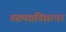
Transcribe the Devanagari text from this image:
गद्यपद्यविद्याधर